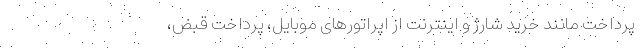
پرداخت مانند خرید شارژ و اینترنت از اپراتورهای موبایل، پرداخت قبض،